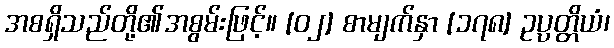
အစရှိသည်တို့၏အစွမ်းဖြင့်။ [၀၂] စာမျက်နှာ [၁၇၈] ဥပ္ပတ္တိယံ၊